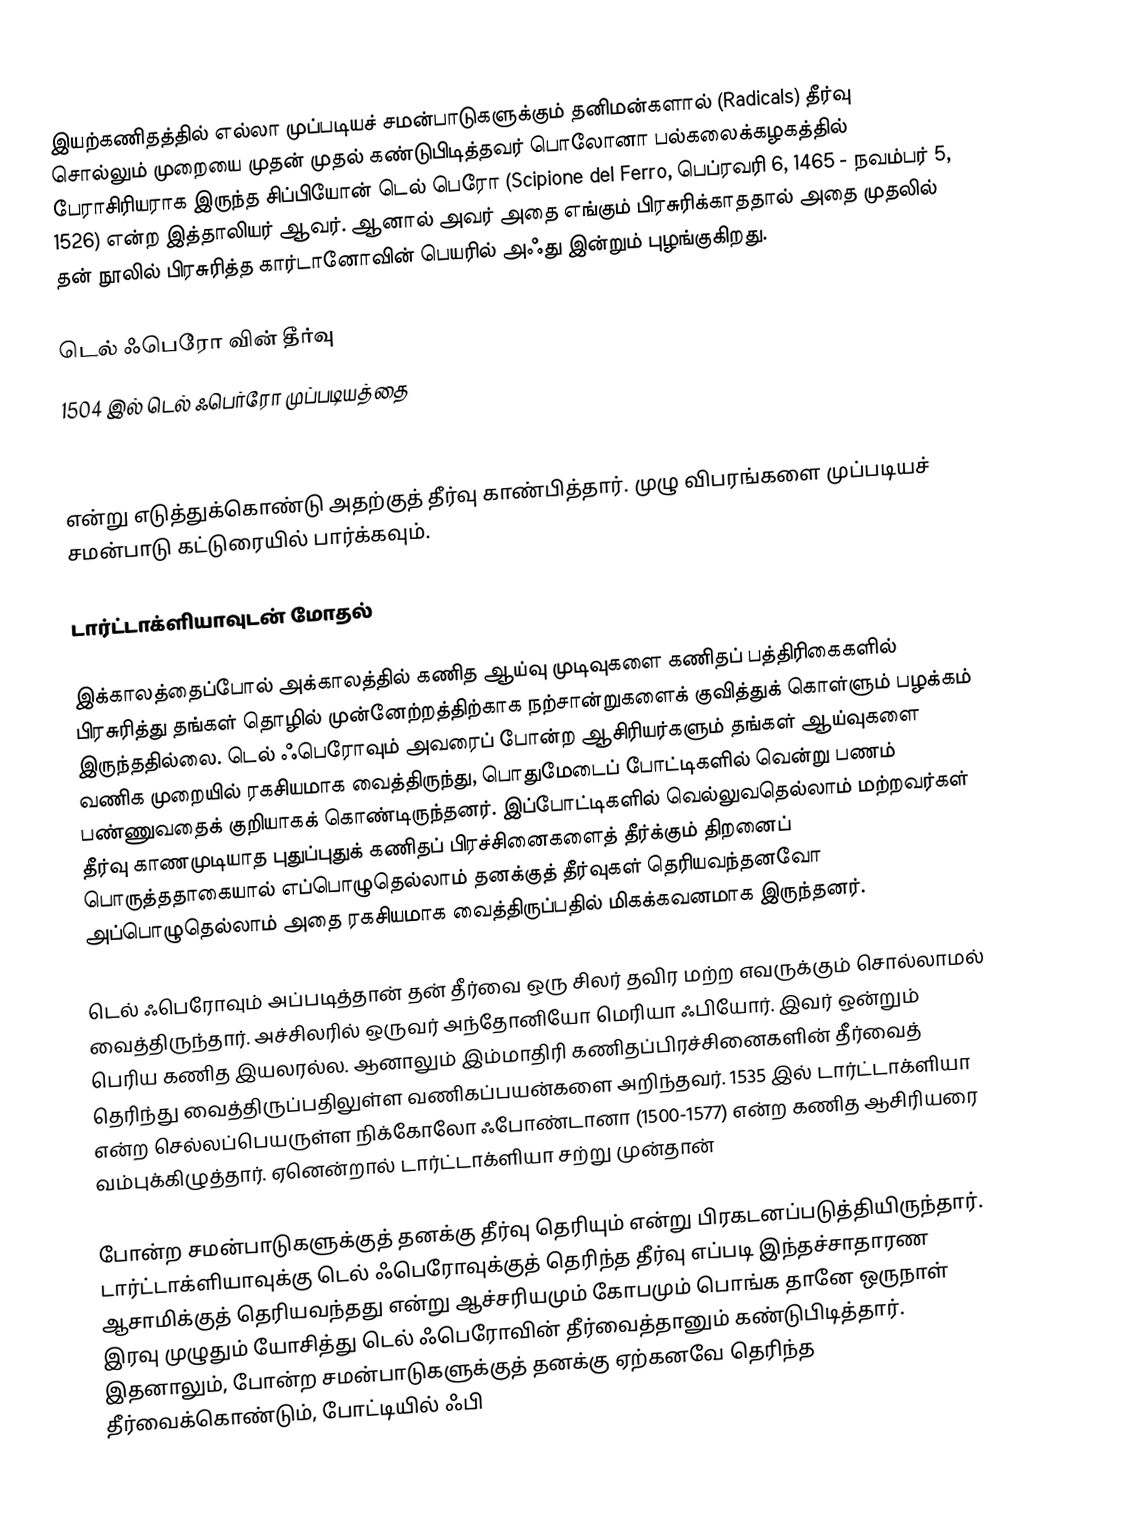
இயற்கணிதத்தில் எல்லா முப்படியச் சமன்பாடுகளுக்கும் தனிமன்களால் (Radicals) தீர்வு சொல்லும் முறையை முதன் முதல் கண்டுபிடித்தவர் பொலோனா பல்கலைக்கழகத்தில் பேராசிரியராக இருந்த சிப்பியோன் டெல் பெரோ (Scipione del Ferro, பெப்ரவரி 6, 1465 - நவம்பர் 5, 1526) என்ற இத்தாலியர் ஆவர். ஆனால் அவர் அதை எங்கும் பிரசுரிக்காததால் அதை முதலில் தன் நூலில் பிரசுரித்த கார்டானோவின் பெயரில் அஃது இன்றும் புழங்குகிறது.

டெல் ஃபெரோ வின் தீர்வு
1504 இல் டெல் ஃபெர்ரோ முப்படியத்தை

என்று எடுத்துக்கொண்டு அதற்குத் தீர்வு காண்பித்தார். முழு விபரங்களை முப்படியச் சமன்பாடு கட்டுரையில் பார்க்கவும்.

டார்ட்டாக்ளியாவுடன் மோதல்

இக்காலத்தைப்போல் அக்காலத்தில் கணித ஆய்வு முடிவுகளை கணிதப் பத்திரிகைகளில் பிரசுரித்து தங்கள் தொழில் முன்னேற்றத்திற்காக நற்சான்றுகளைக் குவித்துக் கொள்ளும் பழக்கம் இருந்ததில்லை. டெல் ஃபெரோவும் அவரைப் போன்ற ஆசிரியர்களும் தங்கள் ஆய்வுகளை வணிக முறையில் ரகசியமாக வைத்திருந்து, பொதுமேடைப் போட்டிகளில் வென்று பணம் பண்ணுவதைக் குறியாகக் கொண்டிருந்தனர். இப்போட்டிகளில் வெல்லுவதெல்லாம் மற்றவர்கள் தீர்வு காணமுடியாத புதுப்புதுக் கணிதப் பிரச்சினைகளைத் தீர்க்கும் திறனைப் பொருத்ததாகையால் எப்பொழுதெல்லாம் தனக்குத் தீர்வுகள் தெரியவந்தனவோ அப்பொழுதெல்லாம் அதை ரகசியமாக வைத்திருப்பதில் மிகக்கவனமாக இருந்தனர்.

டெல் ஃபெரோவும் அப்படித்தான் தன் தீர்வை ஒரு சிலர் தவிர மற்ற எவருக்கும் சொல்லாமல் வைத்திருந்தார். அச்சிலரில் ஒருவர் அந்தோனியோ மெரியா ஃபியோர். இவர் ஒன்றும் பெரிய கணித இயலரல்ல. ஆனாலும் இம்மாதிரி கணிதப்பிரச்சினைகளின் தீர்வைத் தெரிந்து வைத்திருப்பதிலுள்ள வணிகப்பயன்களை அறிந்தவர். 1535 இல் டார்ட்டாக்ளியா என்ற செல்லப்பெயருள்ள நிக்கோலோ ஃபோண்டானா (1500-1577) என்ற கணித ஆசிரியரை வம்புக்கிழுத்தார். ஏனென்றால் டார்ட்டாக்ளியா சற்று முன்தான்

போன்ற சமன்பாடுகளுக்குத் தனக்கு தீர்வு தெரியும் என்று பிரகடனப்படுத்தியிருந்தார். டார்ட்டாக்ளியாவுக்கு டெல் ஃபெரோவுக்குத் தெரிந்த தீர்வு எப்படி இந்தச்சாதாரண ஆசாமிக்குத் தெரியவந்தது என்று ஆச்சரியமும் கோபமும் பொங்க தானே ஒருநாள் இரவு முழுதும் யோசித்து டெல் ஃபெரோவின் தீர்வைத்தானும் கண்டுபிடித்தார். இதனாலும்,  போன்ற சமன்பாடுகளுக்குத் தனக்கு ஏற்கனவே தெரிந்த தீர்வைக்கொண்டும், போட்டியில் ஃபி